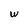
Character: w